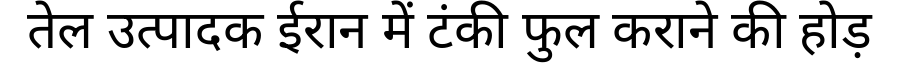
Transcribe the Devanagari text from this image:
तेल उत्पादक ईरान में टंकी फुल कराने की होड़